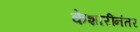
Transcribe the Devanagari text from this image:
केशारींनंतर